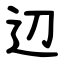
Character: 辺